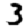
Digit: 3